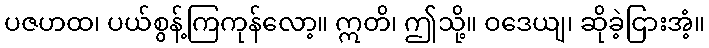
ပဇဟထ၊ ပယ်စွန့်ကြကုန်လော့။ ဣတိ၊ ဤသို့။ ဝဒေယျ၊ ဆိုခဲ့ငြားအံ့။